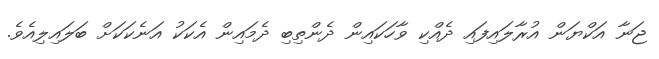
ޖަނާ އަކްޔަން އުރާލައިފައި ދެއްކި ވާހަކައިން ދެންތިބި ދެމައިން އެކަކު އަނެކަކަށް ބަލައިލިއެވެ.